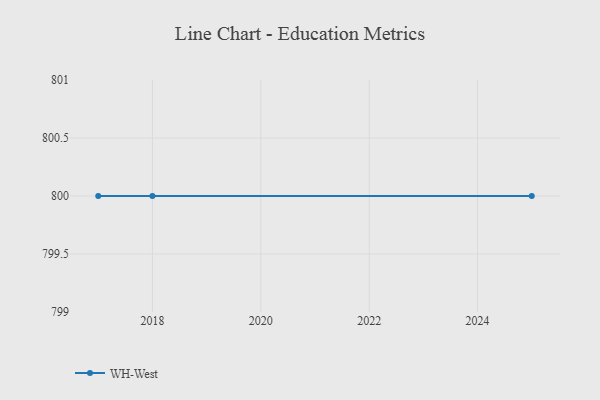
{"axis": {"x": "Year", "y": "Demand Index"}, "legend": ["WH-West"], "data": [{"x": "2018", "y": 800, "type": "WH-West"}, {"x": "2025", "y": 800, "type": "WH-West"}, {"x": "2017", "y": 800, "type": "WH-West"}]}